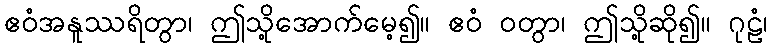
ဧဝံအနူဿရိတွာ၊ ဤသို့အောက်မေ့၍။ ဧဝံ ဝတွာ၊ ဤသို့ဆို၍။ ဂုဠံ၊